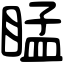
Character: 䁅